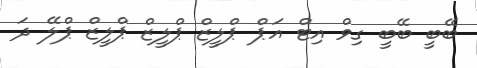
ބޭބީ ބޭބީ ގިވް އިޓް އަޕް ޕްލީޒް ޕްލީޒް ޕްލީޒް ޕްލޭ ދަ